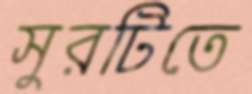
সুরটিতে